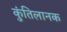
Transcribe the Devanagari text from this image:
कुंतिलानक